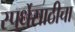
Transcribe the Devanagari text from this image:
स्पर्धेसाठीचा